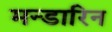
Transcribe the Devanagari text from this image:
मन्डारिन